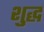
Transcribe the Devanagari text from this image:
शु्द्ध